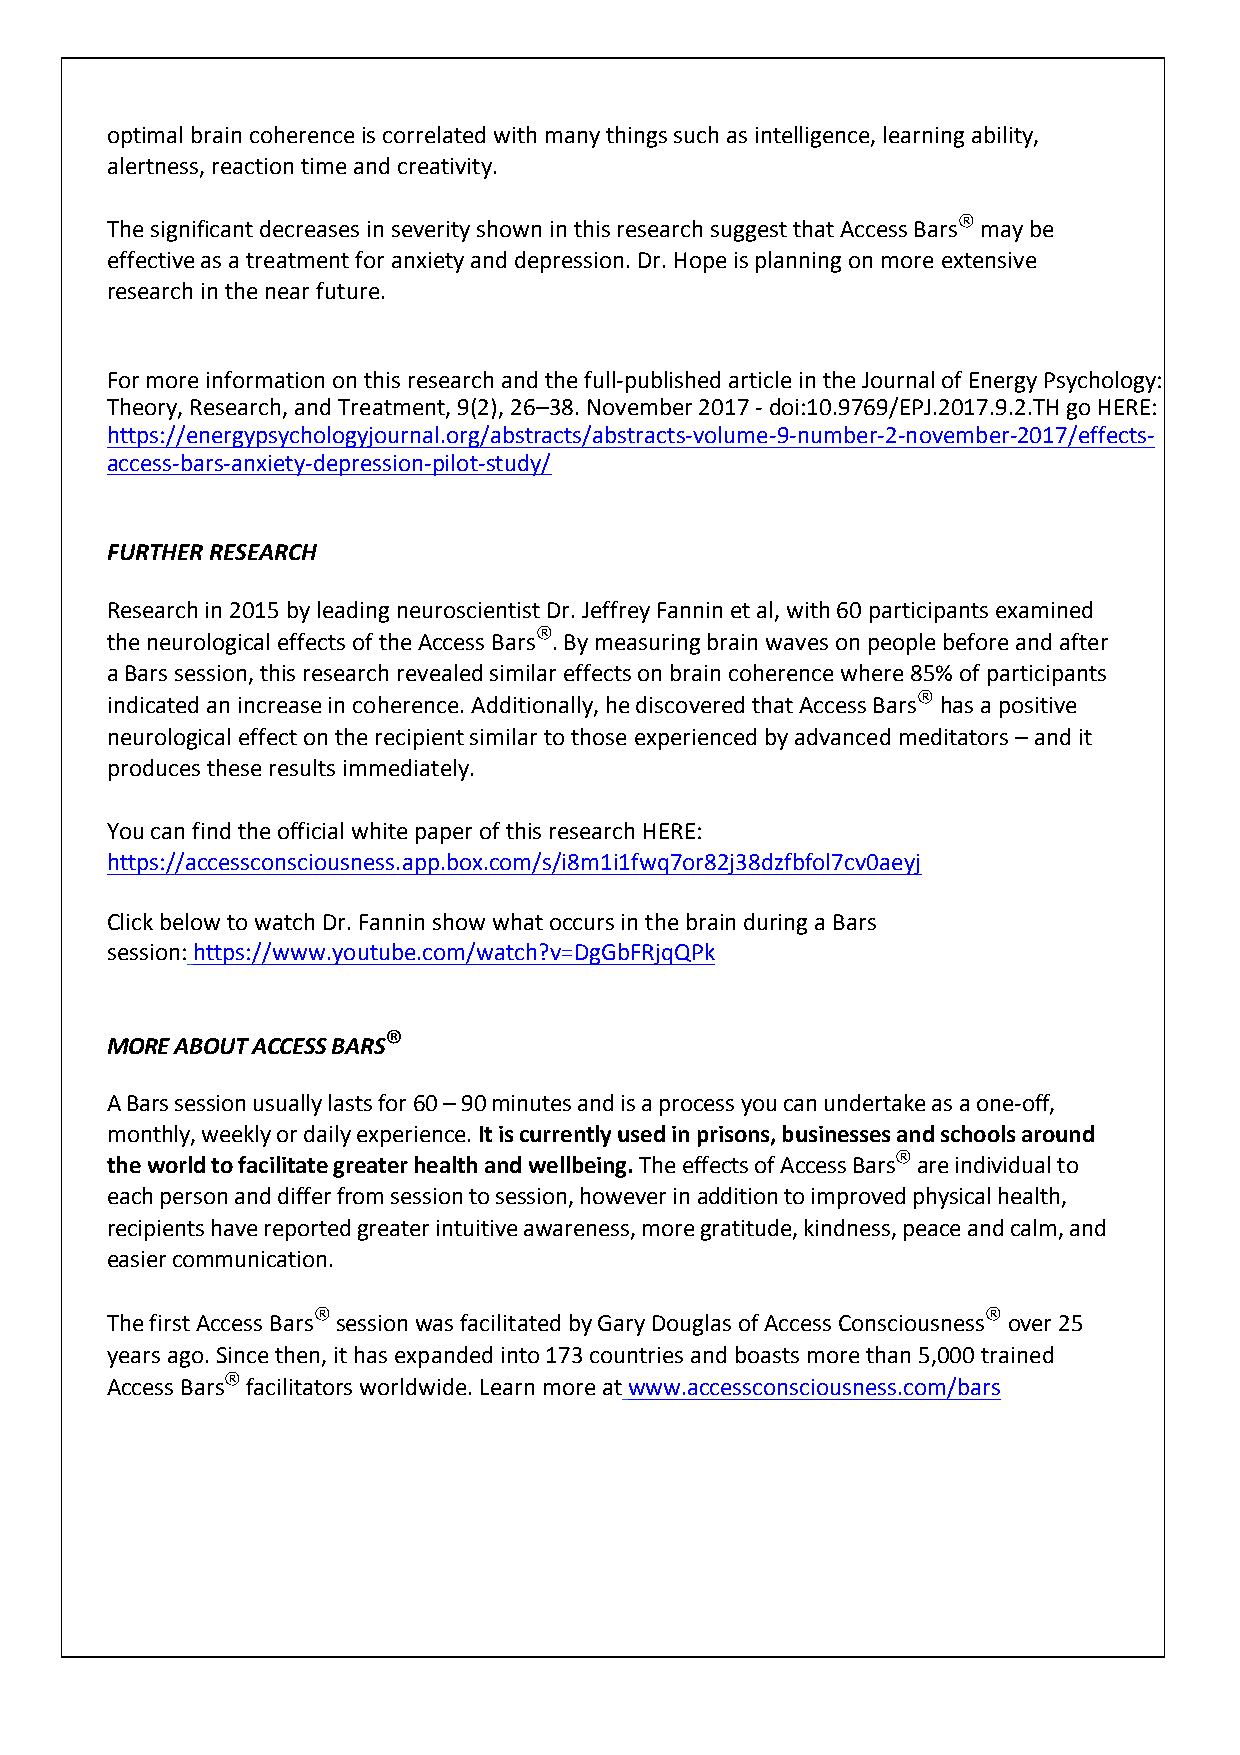
optimal brain coherence is correlated with many things such as intelligence, learning ability,
 alertness, reaction time and creativity.
 ®
 The significant decreases in severity shown in this research suggest that Access Bars may be
 effective as a treatment for anxiety and depression. Dr. Hope is planning on more extensive
 research in the near future.
 For more information on this research and the full-published article in the Journal of Energy Psychology:
 Theory, Research, and Treatment, 9(2), 26–38. November 2017 - doi:10.9769/EPJ.2017.9.2.TH go HERE:
 https://energypsychologyjournal.org/abstracts/abstracts-volume-9-number-2-november-2017/effects-
 access-bars-anxiety-depression-pilot-study/
 FURTHER RESEARCH
 Research in 2015 by leading neuroscientist Dr. Jeffrey Fannin et al, with 60 participants examined
 ®
 the neurological effects of the Access Bars . By measuring brain waves on people before and after
 a Bars session, this research revealed similar effects on brain coherence where 85% of participants
 ®
 indicated an increase in coherence. Additionally, he discovered that Access Bars has a positive
 neurological effect on the recipient similar to those experienced by advanced meditators – and it
 produces these results immediately.
 You can find the official white paper of this research HERE:
 https://accessconsciousness.app.box.com/s/i8m1i1fwq7or82j38dzfbfol7cv0aeyj
 Click below to watch Dr. Fannin show what occurs in the brain during a Bars
 session: https://www.youtube.com/watch?v=DgGbFRjqQPk
 ®
 MORE ABOUT ACCESS BARS
 A Bars session usually lasts for 60 – 90 minutes and is a process you can undertake as a one-off,
 monthly, weekly or daily experience. It is currently used in prisons, businesses and schools around
 ®
 the world to facilitate greater health and wellbeing. The effects of Access Bars are individual to
 each person and differ from session to session, however in addition to improved physical health,
 recipients have reported greater intuitive awareness, more gratitude, kindness, peace and calm, and
 easier communication.
 ®                                           ®
 The first Access Bars session was facilitated by Gary Douglas of Access Consciousness over 25
 years ago. Since then, it has expanded into 173 countries and boasts more than 5,000 trained
 ®
 Access Bars facilitators worldwide. Learn more at www.accessconsciousness.com/bars